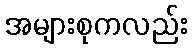
အများစုကလည်း